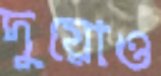
দুয়োও